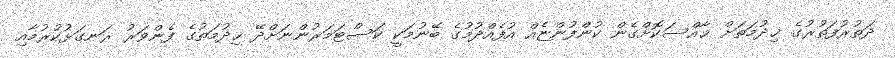
ދަތުރުފަތުރުގެ ޚިދުމަތަށް ޚާއްސަކޮށްގެން ކުންފުންޏެއް އުފެއްދުމުގެ ބޭނުމަކީ ކަސްޓަމަރުންނަށްދޭ ޚިދުމަތުގެ ފެންވަރު ރަނގަޅުކުރުމާއި